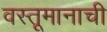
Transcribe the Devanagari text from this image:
वस्तूमानाची